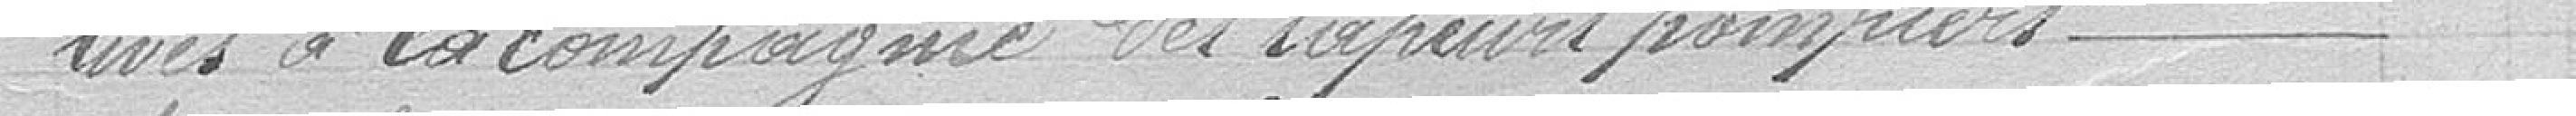
tives à la compagnie des sapeurs pompiers.